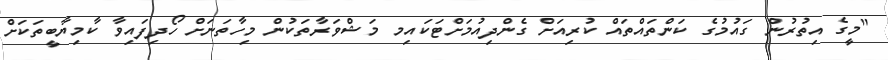
"މީގެ އިތުރުން ގައުމުގެ ކަންތައްތައް ކުރިއަށް ގެންދިއުމަށްޓަކައިމ މަޝްވަރާތަކުން މިހާތަނަށް ހޯދިފައިވާ ކާމިޔާބީތަކަށް